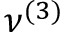
\nu ^ { ( 3 ) }